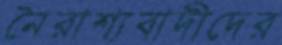
নৈরাশ্যবাদীদের